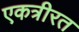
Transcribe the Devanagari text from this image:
एकत्रीरत